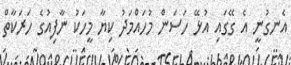
އެނގުނީ އެ ގޭގައި އުޅޭ ހަސަން މުހައްމަދު ކިޔާ މީހަކު ނާފިއުގެ ހަރަކާތް